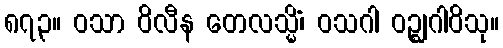
၈၇၃။ ဝသာ ဝိလီန တေလသ္မိံ၊ ဝသဂါ ဝဉ္ဈဂါဝိသု။